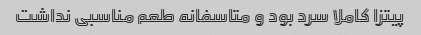
پیتزا کاملا سرد بود و متاسفانه طعم مناسبی نداشت